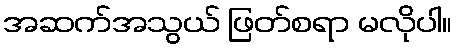
အဆက်အသွယ် ဖြတ်စရာ မလိုပါ။